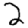
Digit: 2